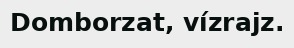
Domborzat, vízrajz.